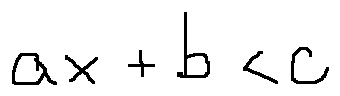
a x + b < c